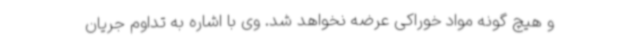
و هیچ گونه مواد خوراکی عرضه نخواهد شد. وی با اشاره به تداوم جریان